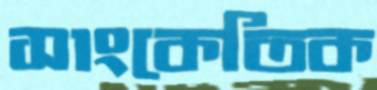
সাংকেতিক